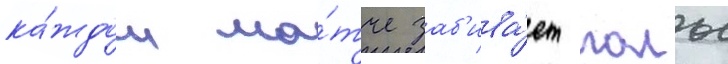
ка́ждом ма́тче заб'ива́ет голы